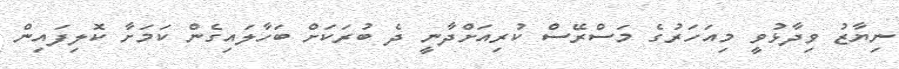
ނިޔާޒު ވިދާޅުވީ މިއަހަރުގެ މަސްރޭސް ކުރިއަށްދާނީ ދެ ބުރަކަށް ބަހާލައިގެން ކަމަށާ ކޮލިފައިން